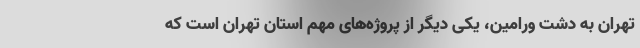
تهران به دشت ورامین، یکی دیگر از پروژه‌های مهم استان تهران است که